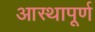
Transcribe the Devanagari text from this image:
आस्थापूर्ण